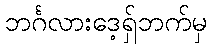
ဘင်္ဂလားဒေ့ရှ်ဘက်မှ